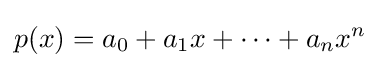
p(x)=a_{0}+a_{1}x+\cdots +a_{n}x^{n}